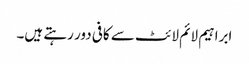
ابراہیم لائم لائٹ سے کافی دور رہتے ہیں۔